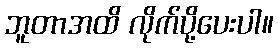
ဘူတာအထိ လိုက်ပို့ပေးပါ။